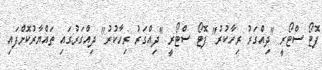
ފޮޓޯ ސްޓޯރީ "ދިއްގަރު ރިހާކުރު" ފޮޓޯ ސްޓޯރީ "ދިއްގަރު ރިހާކުރު" ދިއްގަރުގައި ތައްޔާރުކޮށްފައި